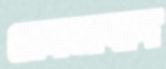
নেমতাবাদ